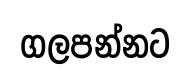
ගලපන්නට